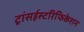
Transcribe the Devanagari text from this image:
ट्रांसईस्टरिफिकेशन